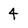
Character: 4